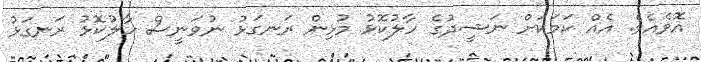
އޮވެއެވެ. އެއް ކަމަކަށް ނަޝީދުގެ ހާލުކޮޅު މުޅިން ރަނގަޅު ނުވަނީސް ހާލުކޮޅު ރަނގަޅު